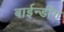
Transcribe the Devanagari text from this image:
बाईन्डींग